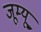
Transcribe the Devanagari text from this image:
जूम्यू